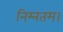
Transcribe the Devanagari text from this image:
निम्नतम।